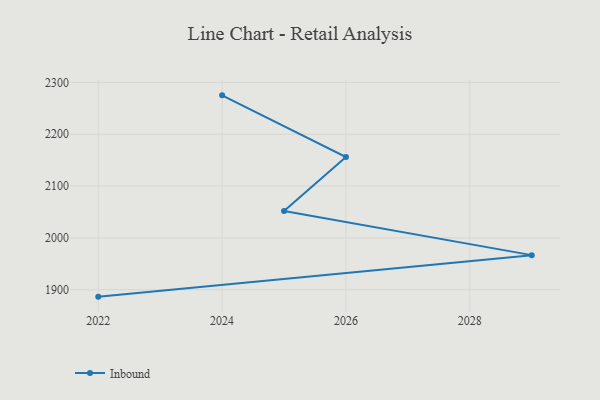
{"axis": {"x": "Year", "y": "Temperature (°C)"}, "legend": ["Inbound"], "data": [{"x": "2024", "y": 2275.0, "type": "Inbound"}, {"x": "2026", "y": 2156.1, "type": "Inbound"}, {"x": "2025", "y": 2051.8, "type": "Inbound"}, {"x": "2029", "y": 1966.8, "type": "Inbound"}, {"x": "2022", "y": 1886.7, "type": "Inbound"}]}